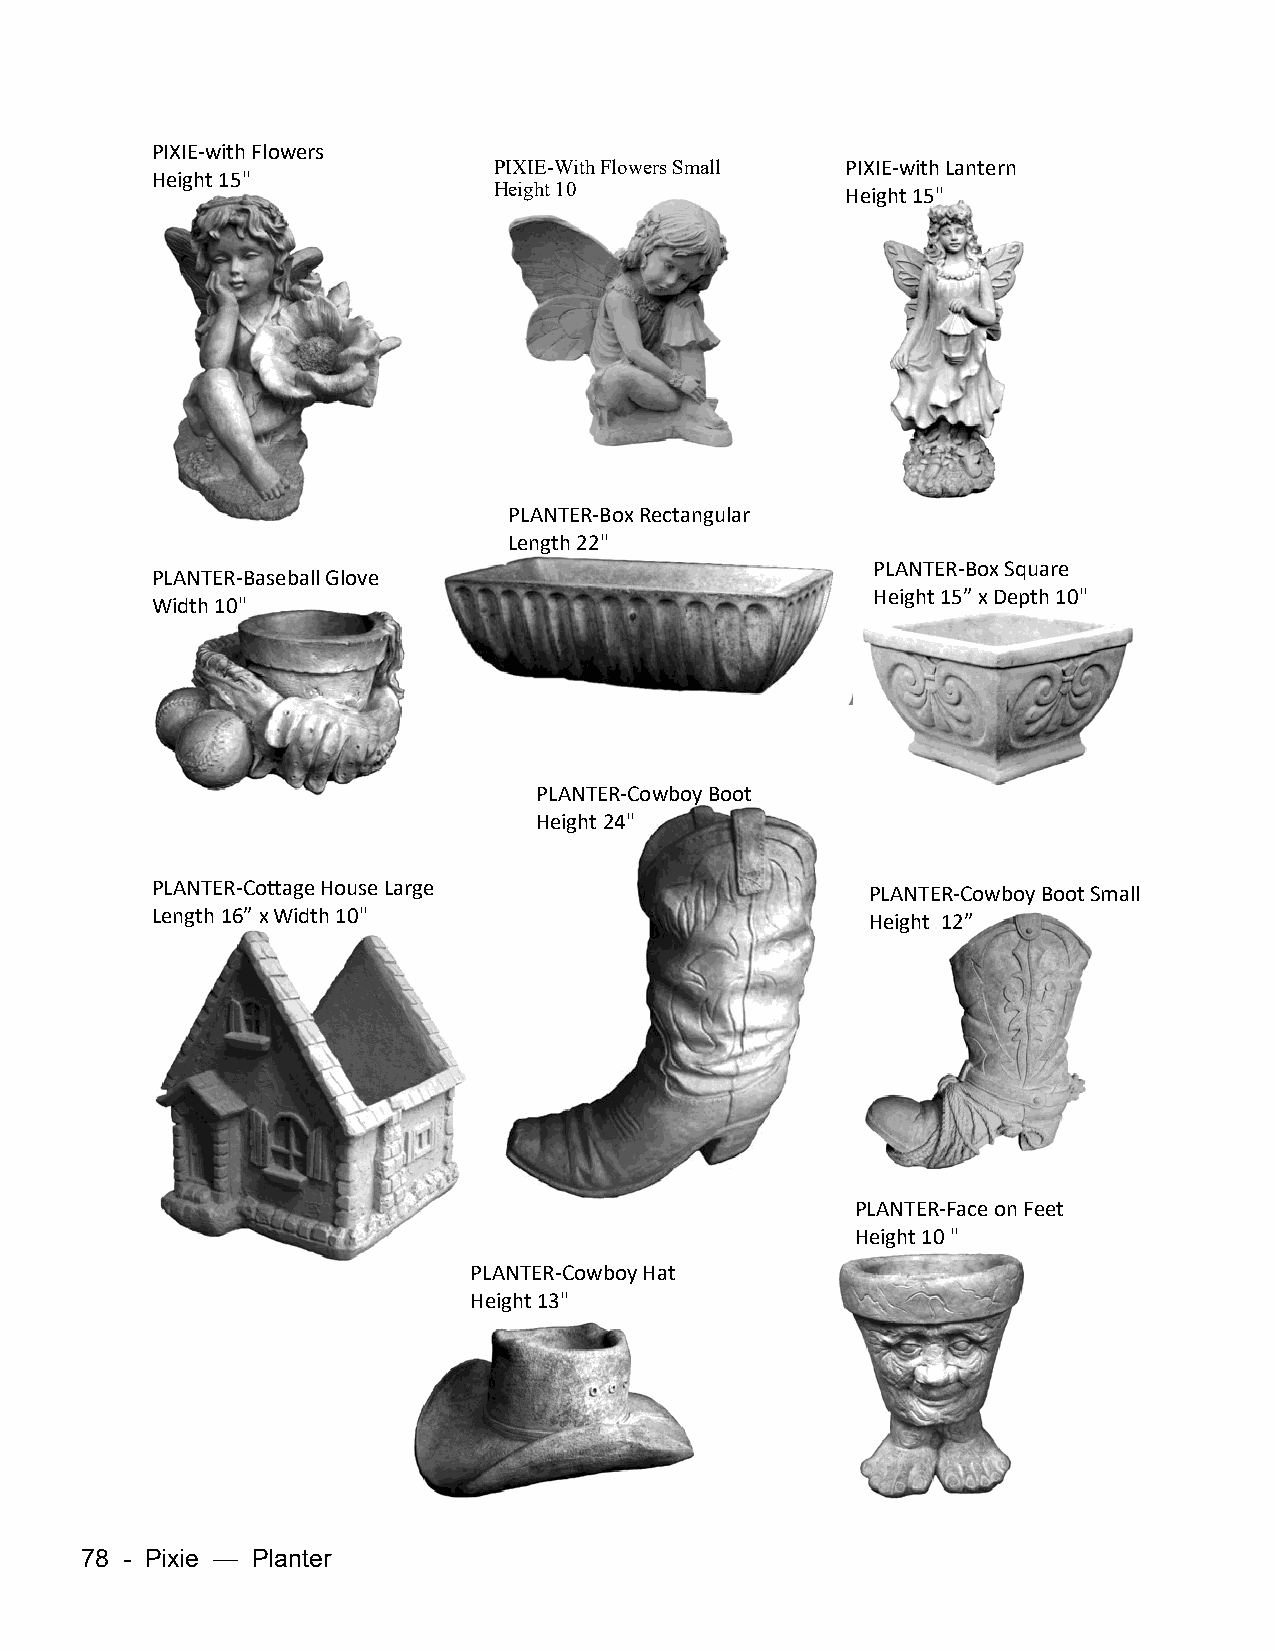
PIXIE-with Flowers
 PIXIE-With Flowers Small PIXIE-with Lantern
 Height 15"
 Height 10              Height 15"
 PLANTER-Box Rectangular
 Length 22"
 PLANTER-Box Square
 PLANTER-Baseball Glove
 Height 15” x Depth 10"
 Width 10"
 PLANTER-Cowboy Boot
 Height 24"
 PLANTER-Cottage House Large                     PLANTER-Cowboy Boot Small
 Length 16” x Width 10"                          Height 12”
 PLANTER-Face on Feet
 Height 10 "
 PLANTER-Cowboy Hat
 Height 13"
 78 - Pixie — Planter